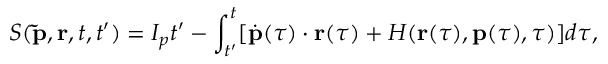
S ( \mathbf { \tilde { p } } , \mathbf { r } , t , t ^ { \prime } ) = I _ { p } t ^ { \prime } - \int _ { t ^ { \prime } } ^ { t } [ \dot { \mathbf { p } } ( \tau ) \cdot \mathbf { r } ( \tau ) + H ( \mathbf { r } ( \tau ) , \mathbf { p } ( \tau ) , \tau ) ] d \tau ,